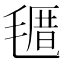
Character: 𣯗